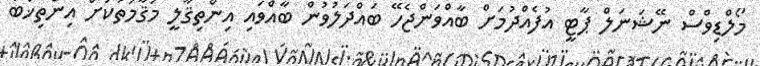
މޯލްޑިވްސް ނޭޝަނަލް ޕާޓީ އުފެއްދުމަށް ބާއްވަންޖެހޭ ބައްދަލުވުން ބާއްވައި އިންތިޤާލީ މަޤާމުތަކަށް އިންތިޚާބު